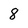
Character: 8